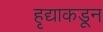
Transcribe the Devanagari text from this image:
हृद्याकडून